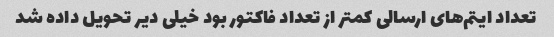
تعداد ایتم‌های ارسالی کمتر از تعداد فاکتور بود خیلی دیر تحویل داده شد